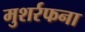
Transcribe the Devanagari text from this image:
मुशर्रफना